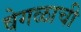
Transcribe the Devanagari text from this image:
वेगळाची